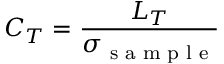
C _ { T } = \frac { L _ { T } } { \sigma _ { \textnormal { s a m p l e } } }